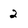
Character: 2